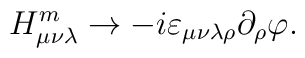
H_{\mu\nu\lambda}^m\to-i\varepsilon_{\mu\nu\lambda\rho}\partial_\rho\varphi.